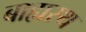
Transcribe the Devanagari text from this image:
बाह्यस्थ